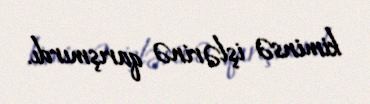
kiminsə işlərinə qarışmırdı.